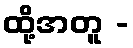
ထို့အတူ -